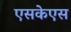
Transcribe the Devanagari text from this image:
एसकेएस